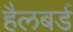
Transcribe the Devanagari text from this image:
हैलबर्ड